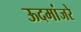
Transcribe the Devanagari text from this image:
ऊदमांजरे